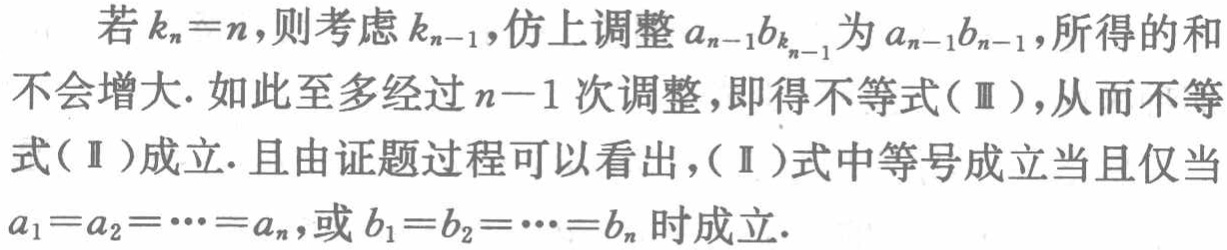
若\(k_{n}=n\)，则考虑\(k_{n - 1}\)，仿上调整\(a_{n - 1}b_{k_{n - 1}}\)为\(a_{n - 1}b_{n - 1}\)，所得的和不会增大. 如此至多经过\(n - 1\)次调整，即得不等式（Ⅲ），从而不等式（Ⅱ）成立. 且由证题过程可以看出，（Ⅱ）式中等号成立当且仅当\(a_{1}=a_{2}=\cdots=a_{n}\)，或\(b_{1}=b_{2}=\cdots=b_{n}\)时成立.